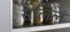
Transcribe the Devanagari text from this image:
सलिलं